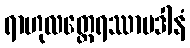
ရာဟုလတ္ထေရဿာပဒါနံ